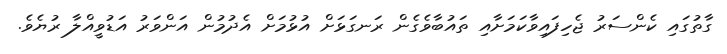
ގާތުގައި ކެންސަރު ޖެހިފައިވާކަމަށާއި ތައުބާވެގެން ރަނގަޅަށް އުޅުމަށް އެދުމުން އަންވަރު އަޑުވީއްލާ ރުޔެވެ.